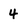
Character: 4